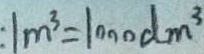
1 m ^ { 3 } = 1 0 0 0 d m ^ { 3 }